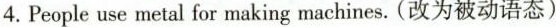
4.People use metal for making machines. (改为被动语态)